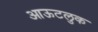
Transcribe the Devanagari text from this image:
आऊटलुक